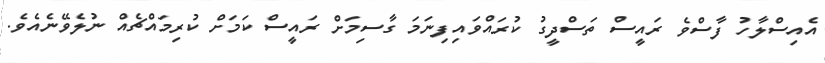
އެއިސްލާހު ފާސްވެ ރައީސް ތަސްދީގު ކުރައްވައިފިނަމަ ގާސިމަށް ރައީސް ކަމަށް ކުރިމައްޗެއް ނުލެވޭނެއެވެ.